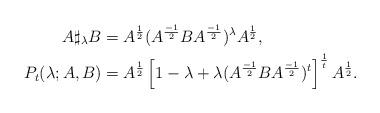
LaTeX: \begin{align*}A\sharp_{\lambda}B & = A^{\frac{1}{2}}(A^{\frac{-1}{2}}BA^{\frac{-1}{2}})^{\lambda}A^{\frac{1}{2}},\\ P_{t}(\lambda;A,B) & =A^{\frac{1}{2}}\left[1-\lambda+\lambda(A^{\frac{-1}{2}}BA^{\frac{-1}{2}})^{t}\right]^{\frac{1}{t}}A^{\frac{1}{2}}.\end{align*}